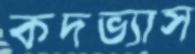
কদভ্যাস